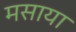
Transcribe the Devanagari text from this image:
मसाया